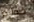
قوارير